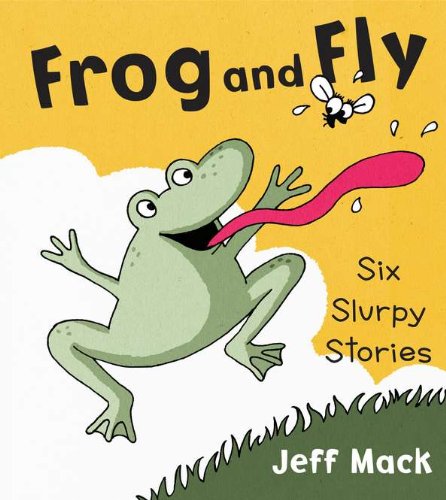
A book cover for Frog and Fly; Jeff Mack; Children's Books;